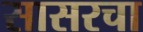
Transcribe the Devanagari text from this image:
सासरचा